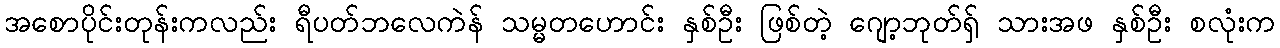
အစောပိုင်းတုန်းကလည်း ရီပတ်ဘလေကဲန် သမ္မတဟောင်း နှစ်ဦး ဖြစ်တဲ့ ဂျော့ဘုတ်ရှ် သားအဖ နှစ်ဦး စလုံးက